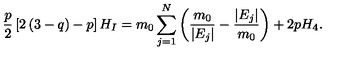
\frac { p } { 2 } \left[ 2 \left( 3 - q \right) - p \right] H _ { I } = m _ { 0 } \sum _ { j = 1 } ^ { N } \left( \frac { m _ { 0 } } { \vert E _ { j } \vert } - \frac { \vert E _ { j } \vert } { m _ { 0 } } \right) + 2 p H _ { 4 } .